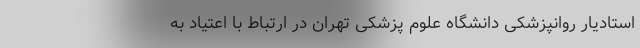
استادیار روانپزشکی دانشگاه علوم پزشکی تهران در ارتباط با اعتیاد به